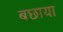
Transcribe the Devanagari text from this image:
बछाया